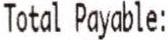
TOTAL PAYABLE: